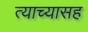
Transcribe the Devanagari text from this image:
त्याच्यासह